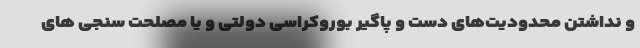
و نداشتن محدودیت‌های دست و پاگیر بوروکراسی دولتی و یا مصلحت سنجی های